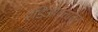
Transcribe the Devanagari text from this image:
रेडिओवृत्तातून